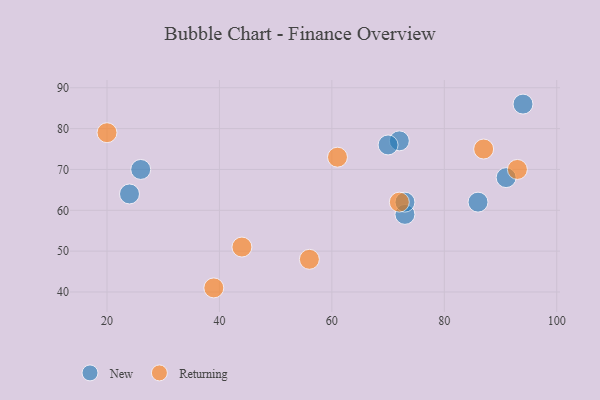
{"axis": {"x": "GDP", "y": "Life Expectancy"}, "legend": ["New", "Returning"], "data": [{"x": "86", "y": 62, "type": "New"}, {"x": "72", "y": 77, "type": "New"}, {"x": "73", "y": 59, "type": "New"}, {"x": "24", "y": 64, "type": "New"}, {"x": "70", "y": 76, "type": "New"}, {"x": "26", "y": 70, "type": "New"}, {"x": "73", "y": 62, "type": "New"}, {"x": "91", "y": 68, "type": "New"}, {"x": "94", "y": 86, "type": "New"}, {"x": "39", "y": 41, "type": "Returning"}, {"x": "93", "y": 70, "type": "Returning"}, {"x": "72", "y": 62, "type": "Returning"}, {"x": "56", "y": 48, "type": "Returning"}, {"x": "44", "y": 51, "type": "Returning"}, {"x": "61", "y": 73, "type": "Returning"}, {"x": "20", "y": 79, "type": "Returning"}, {"x": "87", "y": 75, "type": "Returning"}]}